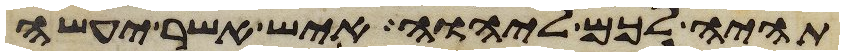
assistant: תהיה לכם ליהוה איש אשר יעשה